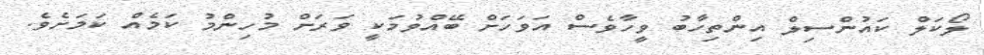
ލޯކަލް ކައުންސިލް އިންތިހާބު ވީހާވެސް އަވަހަށް ބޭއްވުމަކީ ވަރަށް މުހިންމު ކަމެއް ކަމަށެވެ.